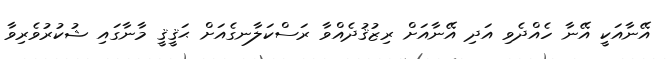
އޭނާއަކީ އޭނާ ހެއްދެވި އަދި އޭނާއަށް ރިޒުޤުދެއްވާ ރަސްކަލާނގެއަށް ޙަޤީޤީ މާނާގައި ޝުކުރުވެރިވާ